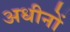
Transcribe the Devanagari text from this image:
अधीनों